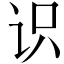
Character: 识